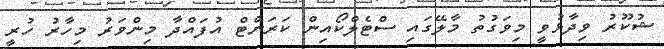
ޝުކޫރު ވިދާޅުވީ މިވަގުތު މާލޭގައި ސްޓެލްކޯއިން ކަރަންޓް އުފައްދާ މިންވަރު މިހާރު ހުރީ